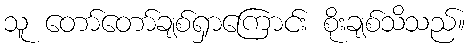
သူ တော်တော်ချစ်ရှာကြောင်း စိုးချစ်သိသည်။